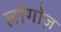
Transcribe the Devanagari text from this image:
लोगोज़